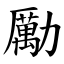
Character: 勵